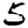
Digit: 5